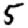
Digit: 5